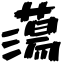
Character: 蕩